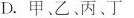
D.甲、乙、丙、丁